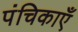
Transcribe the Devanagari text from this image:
पंचिकाएँ